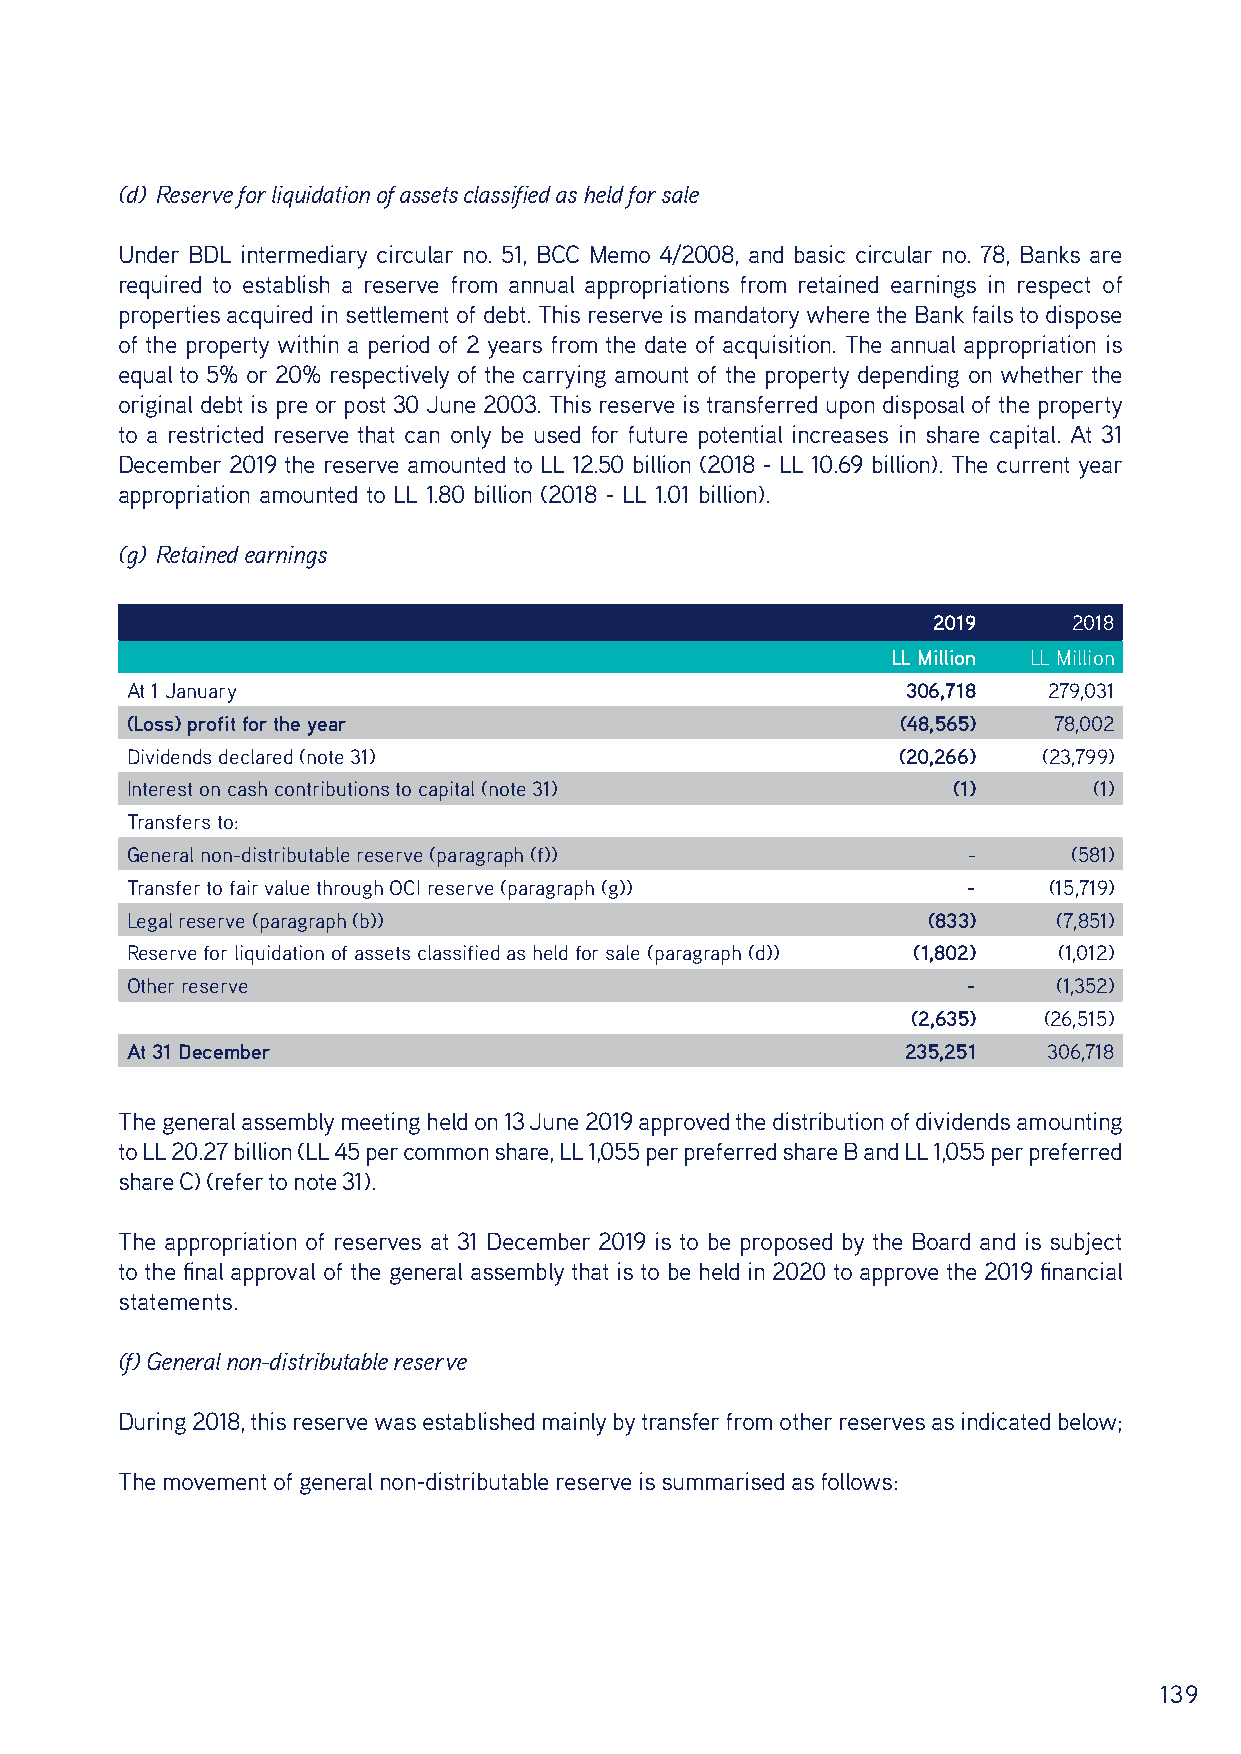
(d) Reserve for liquidation of assets classified as held for sale
 Under BDL intermediary circular no. 51, BCC Memo 4/2008, and basic circular no. 78, Banks are
 required to establish a reserve from annual appropriations from retained earnings in respect of
 properties acquired in settlement of debt. This reserve is mandatory where the Bank fails to dispose
 of the property within a period of 2 years from the date of acquisition. The annual appropriation is
 equal to 5% or 20% respectively of the carrying amount of the property depending on whether the
 original debt is pre or post 30 June 2003. This reserve is transferred upon disposal of the property
 to a restricted reserve that can only be used for future potential increases in share capital. At 31
 December 2019 the reserve amounted to LL 12.50 billion (2018 - LL 10.69 billion). The current year
 appropriation amounted to LL 1.80 billion (2018 - LL 1.01 billion).
 (g) Retained earnings
 2019     2018
 LL Million LL Million
 At 1 January                                        306,718  279,031
 (Loss) profit for the year                          (48,565)  78,002
 Dividends declared (note 31)                       (20,266)  (23,799)
 Interest on cash contributions to capital (note 31)    (1)      (1)
 Transfers to:
 General non-distributable reserve (paragraph (f))       -      (581)
 Transfer to fair value through OCI reserve (paragraph (g)) - (15,719)
 Legal reserve (paragraph (b))                        (833)    (7,851)
 Reserve for liquidation of assets classified as held for sale (paragraph (d)) (1,802) (1,012)
 Other reserve                                           -     (1,352)
 (2,635)  (26,515)
 At 31 December                                      235,251  306,718
 The general assembly meeting held on 13 June 2019 approved the distribution of dividends amounting
 to LL 20.27 billion (LL 45 per common share, LL 1,055 per preferred share B and LL 1,055 per preferred
 share C) (refer to note 31).
 The appropriation of reserves at 31 December 2019 is to be proposed by the Board and is subject
 to the final approval of the general assembly that is to be held in 2020 to approve the 2019 financial
 statements.
 (f) General non-distributable reserve
 During 2018, this reserve was established mainly by transfer from other reserves as indicated below;
 The movement of general non-distributable reserve is summarised as follows:
 139